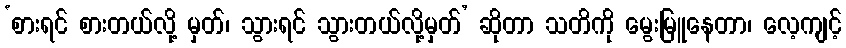
‘စားရင် စားတယ်လို့ မှတ်၊ သွားရင် သွားတယ်လို့မှတ်’ ဆိုတာ သတိကို မွေးမြူနေတာ၊ လေ့ကျင့်